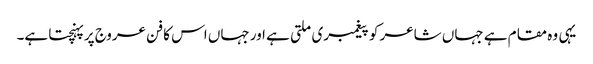
یہی وہ مقام ہے جہاں شاعر کو پیغمبری ملتی ہے اور جہاں اس کا فن عروج پر پہنچتا ہے۔